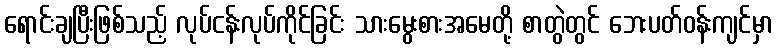
ရောင်းချပြီးဖြစ်သည့် လုပ်ငန်းလုပ်ကိုင်ခြင်း သားမွေးစားအမေတို့ စာတွဲတွင် ဘေးပတ်ဝန်းကျင်မှာ